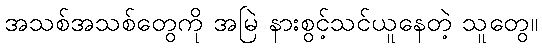
အသစ်အသစ်တွေကို အမြဲ နားစွင့်သင်ယူနေတဲ့ သူတွေ။